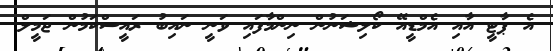
އެ ޕާޓީ އާއި އެމްޑީއޭ ކޯލިޝަނުން ނިންމާފައި ވަނީ ނައިބު ރައީސްކަމުން ޖަމީލް